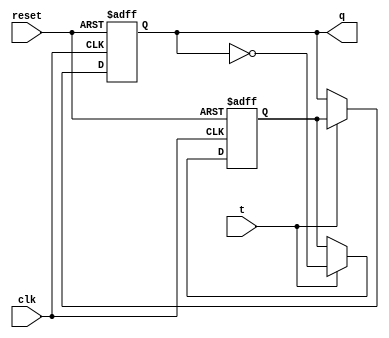
module t_ff (
    input clk, reset, t,
    output reg q
);

reg d;
always @(posedge clk or posedge reset) begin
    if (reset) begin
        q <= 1'b0;
        d <= 1'b0;
    end else if (t) begin
        d <= ~q;
        q <= d;
    end
end

endmodule